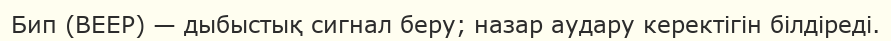
Бип (BEEP) — дыбыстық сигнал беру; назар аудару керектігін білдіреді.